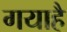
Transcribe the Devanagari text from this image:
गयाहै